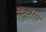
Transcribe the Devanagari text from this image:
मेंदुतील